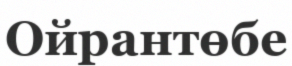
Ойрантөбе